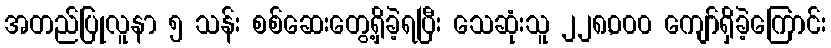
အတည်ပြုလူနာ ၅ သန်း စစ်ဆေးတွေ့ရှိခဲ့ရပြီး သေဆုံးသူ ၂၂၈,၀၀၀ ကျော်ရှိခဲ့ကြောင်း